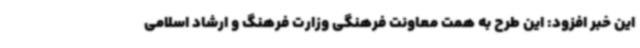
این خبر افزود: این طرح به همت معاونت فرهنگی وزارت فرهنگ و ارشاد اسلامی